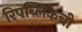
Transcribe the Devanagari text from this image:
रिपब्लिकची